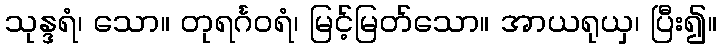
သုန္ဒရံ၊ သော။ တုရင်္ဂဝရံ၊ မြင့်မြတ်သော။ အာယရုယှ၊ ပြီး၍။